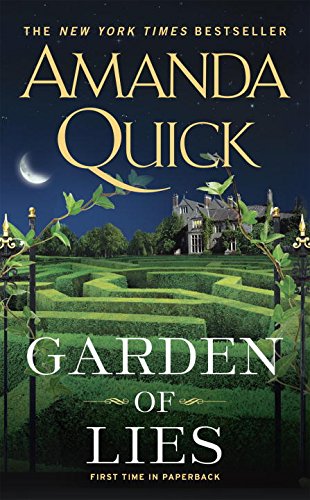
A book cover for Garden of Lies; Amanda Quick; Romance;